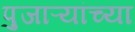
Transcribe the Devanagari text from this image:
पुजाऱ्यांच्या